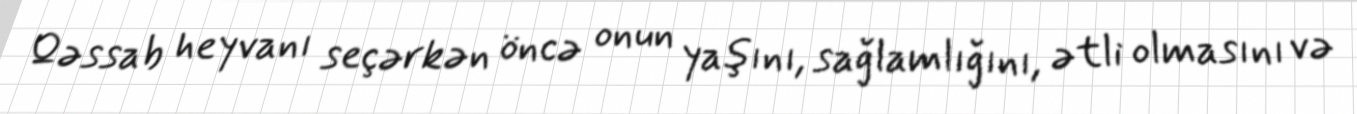
Qəssab heyvanı seçərkən öncə onun yaşını, sağlamlığını, ətli olmasını və